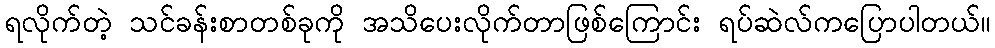
ရလိုက်တဲ့ သင်ခန်းစာတစ်ခုကို အသိပေးလိုက်တာဖြစ်ကြောင်း ရပ်ဆဲလ်ကပြောပါတယ်။